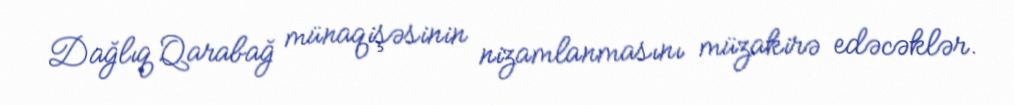
Dağlıq Qarabağ münaqişəsinin nizamlanmasını müzakirə edəcəklər.